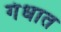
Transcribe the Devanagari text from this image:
गंधात